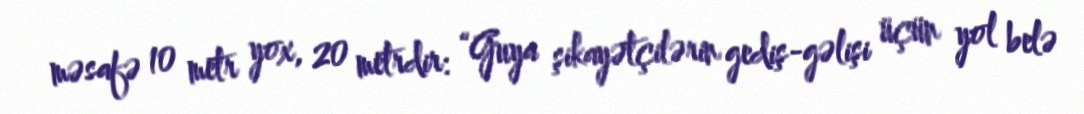
məsafə 10 metr yox, 20 metrdir: “Guya şikayətçilərin gediş-gəlişi üçün yol belə